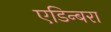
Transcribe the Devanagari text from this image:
एडिन्बरा